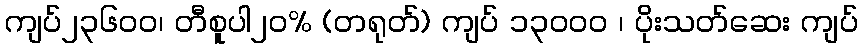
ကျပ်၂၃၆၀ဝ၊ တီစူပါ၂၀% (တရုတ်) ကျပ် ၁၃၀ဝ၀ ၊ ပိုးသတ်ဆေး ကျပ်